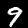
Label: 9